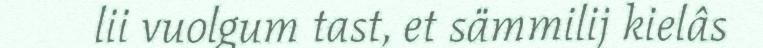
lii vuolgum tast, et sämmilij kielâs